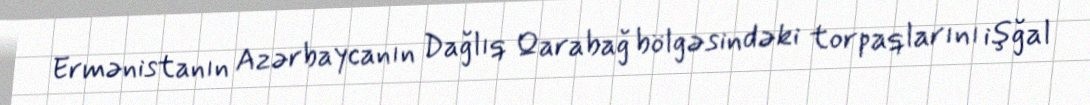
Ermənistanın Azərbaycanın Dağlıq Qarabağ bölgəsindəki torpaqlarını işğal